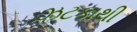
ઝટકાથી